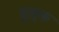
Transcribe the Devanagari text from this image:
डुमुक